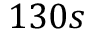
1 3 0 s